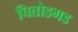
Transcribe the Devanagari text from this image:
चितोडगड